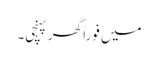
میں فوراً گھر پہنچی۔